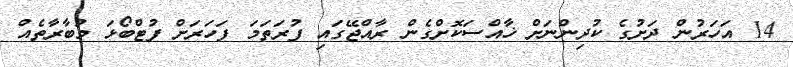
14 އަހަރުން ދަށުގެ ކުދިންނަށް ޚާއްސަކޮށްގެން ރާއްޖޭގައި ފުރަތަމަ ފަހަރަށް ފުޓްބޯޅަ މުބާރާތެއް